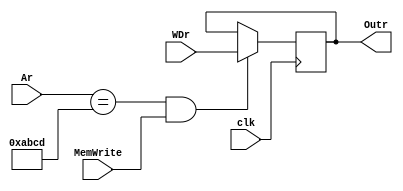
`timescale 1ns / 1ps
//Entradas: clk, MemWrite, Ar, WDr
//Salidas: Outr
/*
Procedimiento: 
	De acuerdo a cada flanco positivo del clk y si la direccion Ar corresponde a la GPIO (0xABCD)
	y se trata de una operacin de escritura, se guarda el dato en WDr en la salida Outr del registro GPIO.
*/
module GPIO	( 
				input wire signed MemWrite, clk,
				input wire signed [31:0] Ar, WDr,
				output reg signed [31:0] Outr
				);
// Se inicializa la salida en cero
initial
	Outr = 32'b0; 
// Se verifica si es la direccin del GPIO y si se trata de una Op de escritura en memoria 
always @(posedge clk)
	if ((Ar == 32'hABCD) && (MemWrite == 1'b1))
		Outr <= WDr;
endmodule